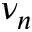
\nu _ { n }